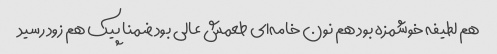
هم لطیفه خوشمزه بود هم نون خامه‌ای طعمش عالی بود ضمنا پیک هم زود رسید